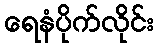
ရေနံပိုက်လိုင်း